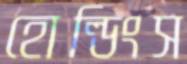
হোল্ডিংস